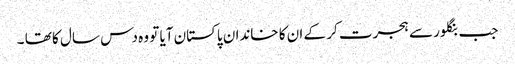
جب بنگلور سے ہجرت کر کے ان کا خاندان پاکستان آیا تو وہ دس سال کا تھا ۔